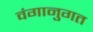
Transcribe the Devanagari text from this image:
वंगानुगत